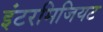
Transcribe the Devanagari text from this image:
इंटरमिजियट